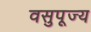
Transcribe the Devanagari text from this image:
वसुपूज्य